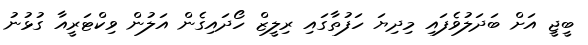
ބީޖީ އަށް ބަދަލުވެފައި މިދިޔަ ހަފުތާގައި ރިލީޒް ހޯދައިގެން އަލުން ވިކްޓަރީއާ ގުޅުނު